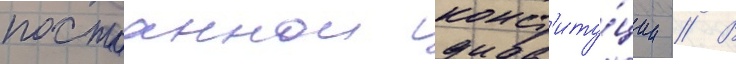
постоаннои конст'иту́ции // В